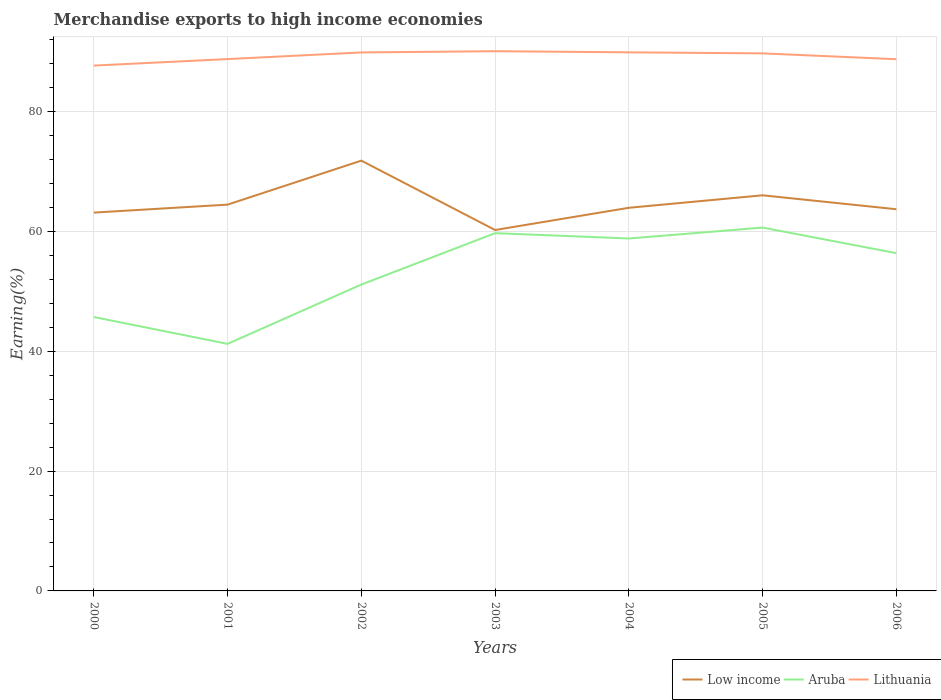
| Years | Low income | Aruba | Lithuania |
 | --- | --- | --- | --- |
 | 2000 | 63.1 | 45.7 | 87.7 |
 | 2001 | 64.5 | 41.2 | 88.7 |
 | 2002 | 71.8 | 51.1 | 89.9 |
 | 2003 | 60.2 | 59.7 | 90.1 |
 | 2004 | 63.9 | 58.8 | 89.9 |
 | 2005 | 66 | 60.6 | 89.7 |
 | 2006 | 63.7 | 56.4 | 88.7 |